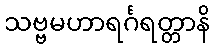
သဗ္ဗမဟာရင်္ဂရတ္တာနိ